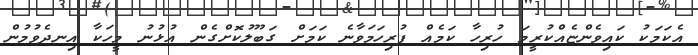
އެކަމަކު ކައިވެންޏެއްކުރީމަ ހުރިހާ ކަމެއް ފުރިހަމަވާނެ ކަމަށް ގަބޫލުކޮށްގެން އުޅުނު މީހަކާ އިނދެވުމުން